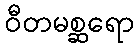
ဝီတမစ္ဆရော